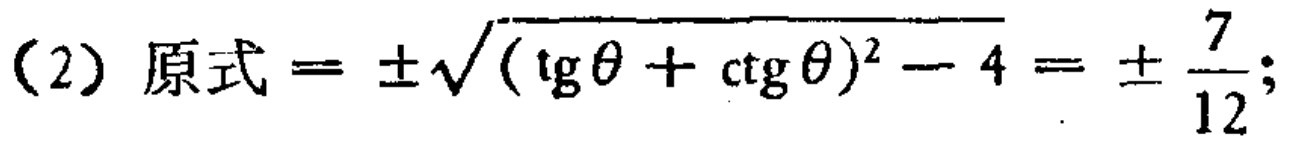
(2) 原式$=\pm\sqrt{(\text{tg}\theta + \text{ctg}\theta)^2 - 4}=\pm\frac{7}{12};$